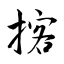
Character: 揢